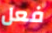
فعل